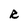
Character: R